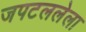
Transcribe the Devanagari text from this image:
जपटललेला